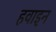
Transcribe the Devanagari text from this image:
हवाइन